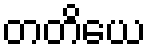
တတိယေ